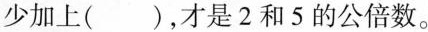
少加上()，才是2和5的公倍数。